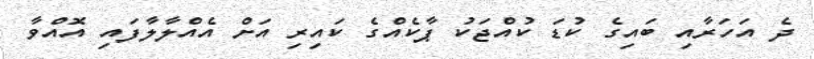
ދެ އަހަރާއި ބައިގެ ކުޑަ ކުއްޖަކު ޕާކެއްގެ ކައިރި އަށް އެއްލާލާފައި އޮއްވާ